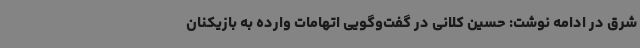
شرق در ادامه نوشت: حسین کلانی در گفت‌وگویی اتهامات وارده به بازیکنان